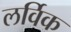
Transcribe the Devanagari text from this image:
लर्विक